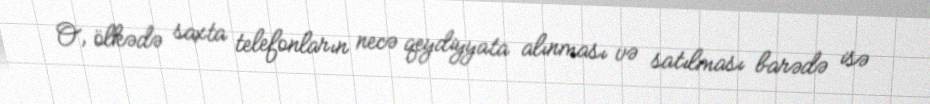
O, ölkədə saxta telefonların necə qeydiyyata alınması və satılması barədə isə